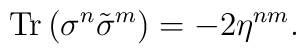
{\rm Tr}\,(\sigma^n\tilde\sigma^m)=-2\eta^{nm}.